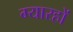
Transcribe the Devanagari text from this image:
ग्यारहों